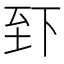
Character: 𫠮